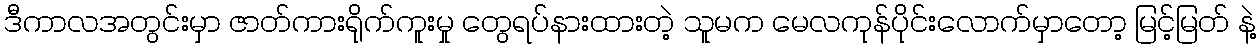
ဒီကာလအတွင်းမှာ ဇာတ်ကားရိုက်ကူးမှု တွေရပ်နားထားတဲ့ သူမက မေလကုန်ပိုင်းလောက်မှာတော့ မြင့်မြတ် နဲ့